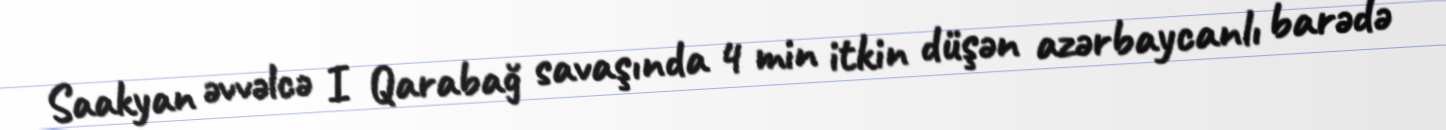
Saakyan əvvəlcə I Qarabağ savaşında 4 min itkin düşən azərbaycanlı barədə